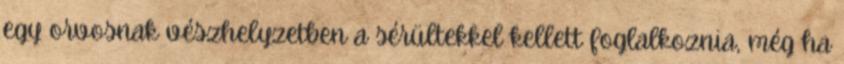
egy orvosnak vészhelyzetben a sérültekkel kellett foglalkoznia, még ha